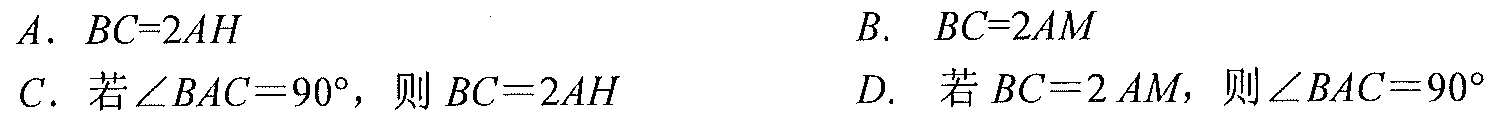
A. \(BC = 2AH\)  B. \(BC = 2AM\)
C. 若\(\angle BAC = 90^{\circ}\)，则 \(BC = 2AH\)  D. 若 \(BC = 2AM\)，则\(\angle BAC = 90^{\circ}\)